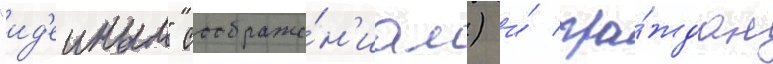
"ид'еиным" соображе́н'иам) и́ гра́ждан